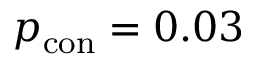
p _ { \mathrm { c o n } } = 0 . 0 3